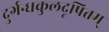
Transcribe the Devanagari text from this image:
दुर्गन्धकुलदूषितम्